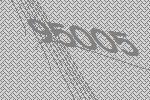
95005